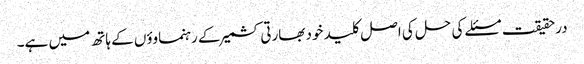
درحقیقت مسئلے کی حل کی اصل کلید خود بھارتی کشمیر کے رہنماوؤں کے ہاتھ میں ہے۔